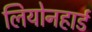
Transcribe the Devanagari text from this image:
लियोनहार्ड